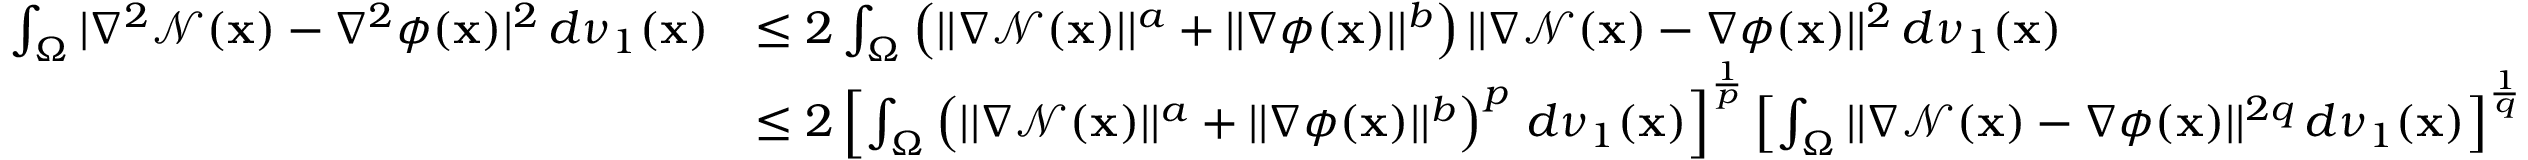
\begin{array} { r l } { \int _ { \Omega } | \nabla ^ { 2 } \mathcal { N } ( \mathbf { x } ) - \nabla ^ { 2 } \phi ( \mathbf { x } ) | ^ { 2 } \, d \nu _ { 1 } ( \mathbf { x } ) } & { \leq 2 \int _ { \Omega } \left( | | \nabla \mathcal { N } ( \mathbf { x } ) | | ^ { a } + | | \nabla \phi ( \mathbf { x } ) | | ^ { b } \right) | | \nabla \mathcal { N } ( \mathbf { x } ) - \nabla \phi ( \mathbf { x } ) | | ^ { 2 } \, d \nu _ { 1 } ( \mathbf { x } ) } \\ & { \leq 2 \left[ \int _ { \Omega } \left( | | \nabla \mathcal { N } ( \mathbf { x } ) | | ^ { a } + | | \nabla \phi ( \mathbf { x } ) | | ^ { b } \right) ^ { p } \, d \nu _ { 1 } ( \mathbf { x } ) \right] ^ { \frac { 1 } { p } } \left[ \int _ { \Omega } | | \nabla \mathcal { N } ( \mathbf { x } ) - \nabla \phi ( \mathbf { x } ) | | ^ { 2 q } \, d \nu _ { 1 } ( \mathbf { x } ) \right] ^ { \frac { 1 } { q } } } \end{array}